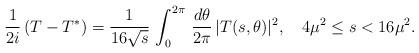
LaTeX: \begin{align*}{1\over 2i}\,(T-T^*)={1\over 16\sqrt{s}}\,\int_0^{2\pi}\,{d\theta\over2\pi}\,|T(s,\theta)|^2,\quad 4\mu^2\le s<16\mu^2.\end{align*}